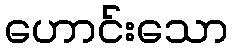
ဟောင်းသော